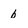
Character: b